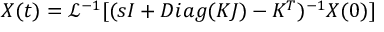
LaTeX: X ( t ) = \displaystyle { \mathcal { L } } ^ { - 1 } [ ( s I + D i a g ( K J ) - K ^ { T } ) ^ { - 1 } X ( 0 ) ]